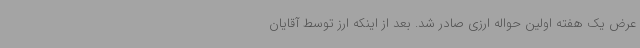
عرض یک هفته اولین حواله ارزی صادر شد. بعد از اینکه ارز توسط آقایان